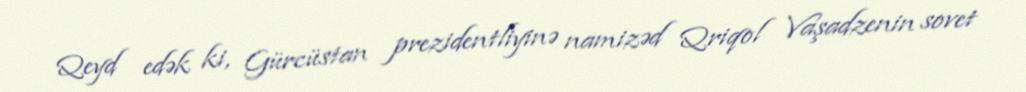
Qeyd edək ki, Gürcüstan prezidentliyinə namizəd Qriqol Vaşadzenin sovet